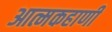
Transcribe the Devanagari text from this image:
आत्मकहाणी